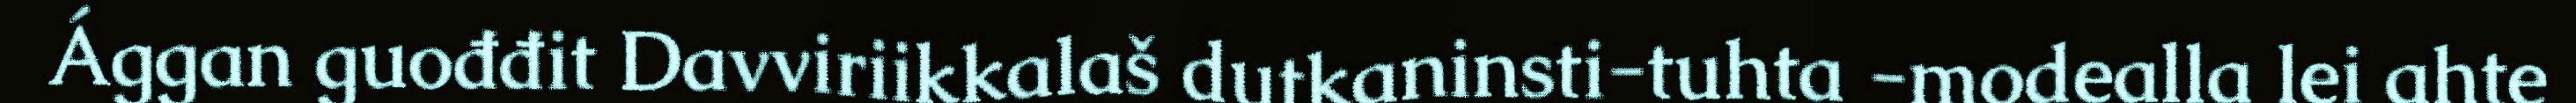
Ággan guođđit Davviriikkalaš dutkaninsti-tuhta -modealla lei ahte